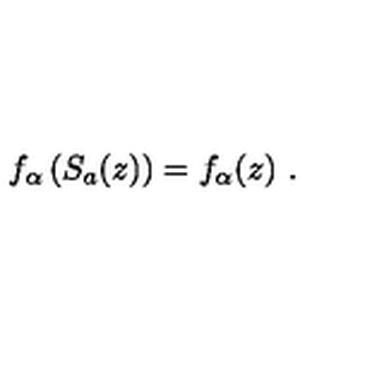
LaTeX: f _ { \alpha } \left( S _ { a } ( z ) \right) = f _ { \alpha } ( z ) \ .